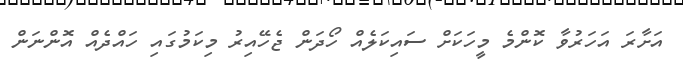
އަށާރަ އަހަރުވާ ކޮންމެ މީހަކަށް ސައިކަލެއް ހޯދަން ޖެހޭއިރު މިކަމުގައި ހައްދެއް އޮންނަން